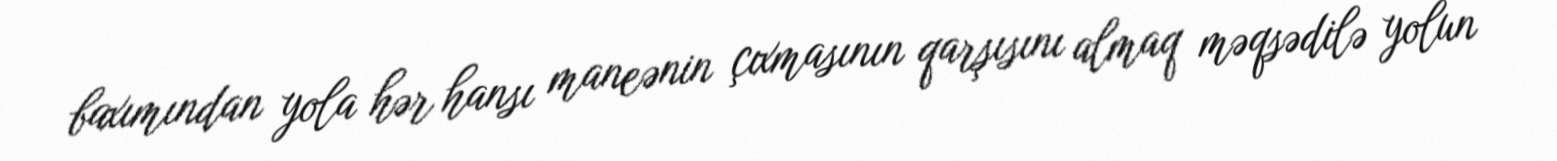
baxımından yola hər hansı maneənin çıxmasının qarşısını almaq məqsədilə yolun